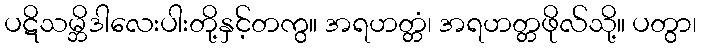
ပဋိသမ္ဘိဒါလေးပါးတို့နှင့်တကွ။ အရဟတ္တံ၊ အရဟတ္တဖိုလ်သို့။ ပတွာ၊